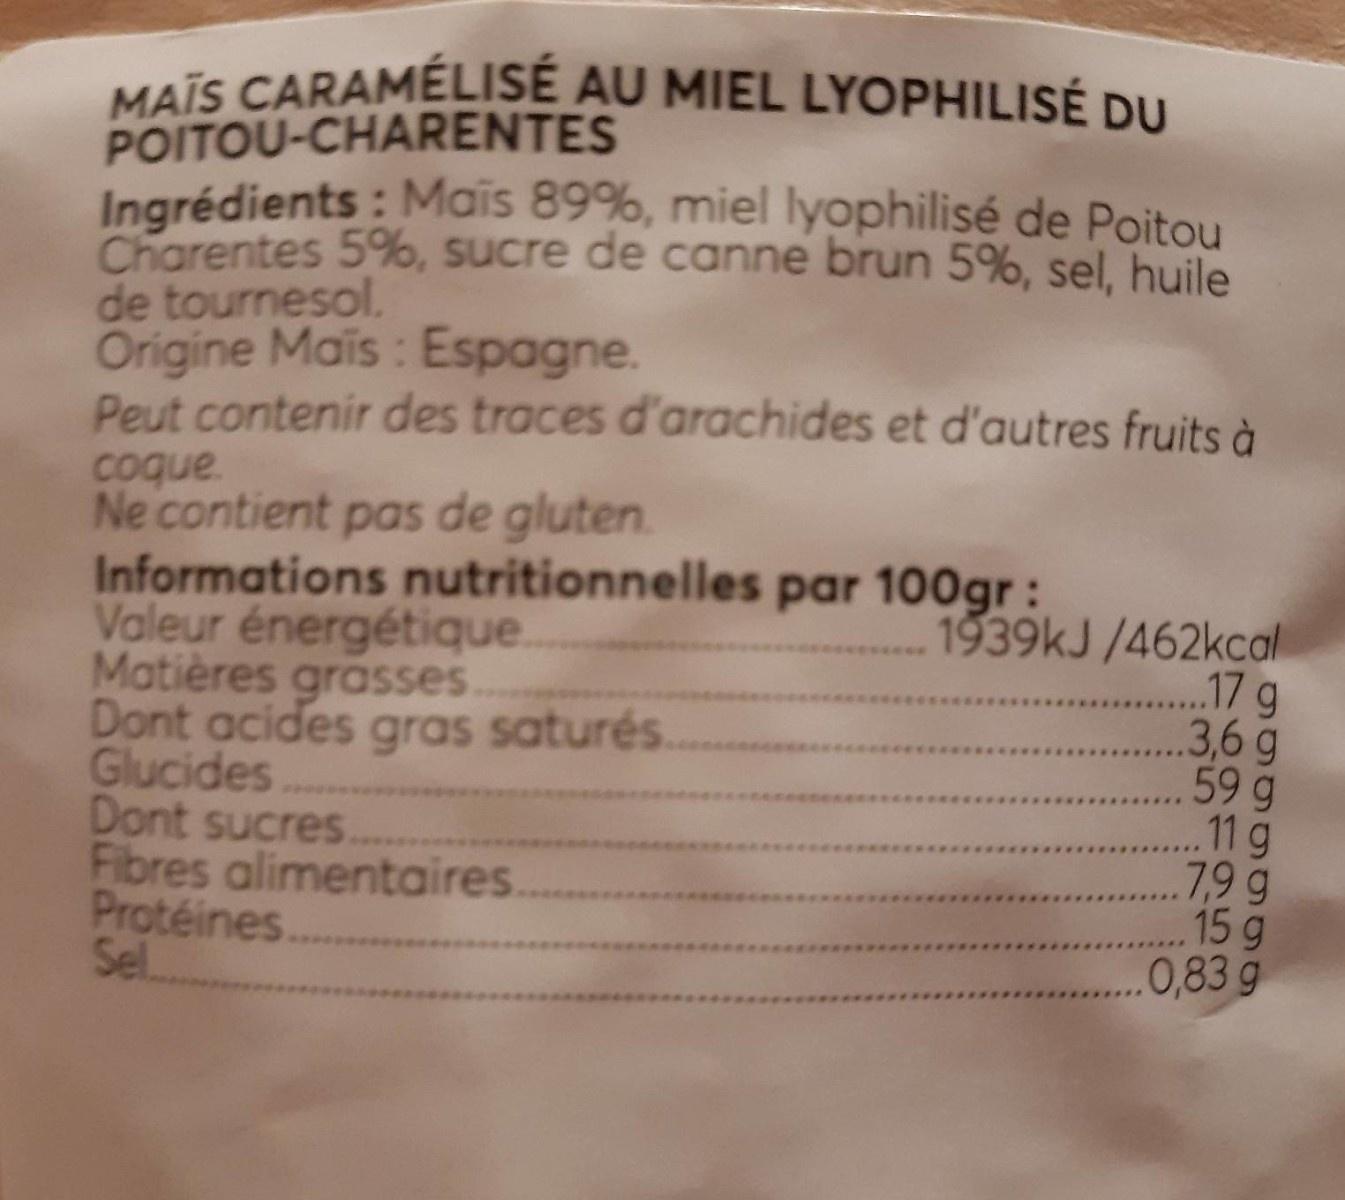
MAIS CARAMÉLISÉ AU MIEL LYOPHILISÉ DU
POITOU-CHARENTES Ingrédients : Mais 89%, miel lyophilisé de Poitou Charentes 5%, sucre de canne brun 5%, sel, huile de tournesol. Origine Mais: Espagne. Peut contenir des traces d'arachides et d'autres fruits à coque. Ne contient pas de gluten. Informations nutritionnelles par 100gr: Valeur énergétique. Matières grasses. Dont acides gras saturés. Glucides Dont sucres.. Fibres alimentaires. Protéines. Sel...
1939kJ /462kcal ...17 g 3,6g 59 g .11g 7,9 g 15 g .0,83 g